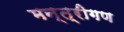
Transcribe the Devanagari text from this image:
मन्त्रीगण